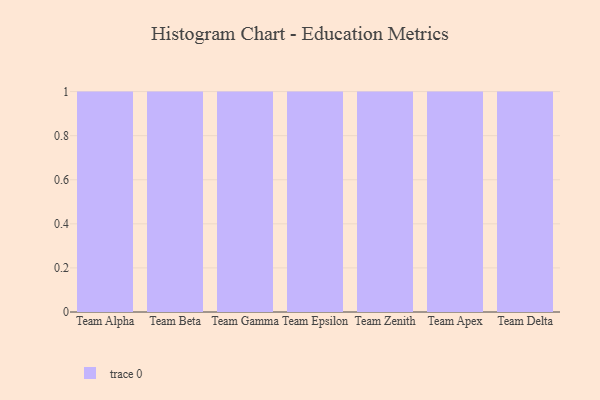
{"axis": {"x": "Team", "y": "Shipments"}, "legend": [""], "data": [{"x": "Team Alpha", "y": 12, "type": ""}, {"x": "Team Beta", "y": 24, "type": ""}, {"x": "Team Gamma", "y": 87, "type": ""}, {"x": "Team Epsilon", "y": 73, "type": ""}, {"x": "Team Zenith", "y": 17, "type": ""}, {"x": "Team Apex", "y": 79, "type": ""}, {"x": "Team Delta", "y": 62, "type": ""}]}